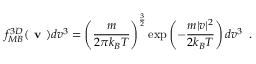
f _ { M B } ^ { 3 D } ( \textbf { v } ) d v ^ { 3 } = \left( \frac { m } { 2 \pi { } k _ { B } T } \right) ^ { \frac { 3 } { 2 } } \exp \left( - \frac { m | v | ^ { 2 } } { 2 k _ { B } T } \right) d v ^ { 3 } \, \, \, .